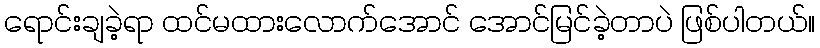
ရောင်းချခဲ့ရာ ထင်မထားလောက်အောင် အောင်မြင်ခဲ့တာပဲ ဖြစ်ပါတယ်။